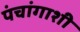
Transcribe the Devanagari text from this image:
पंचांगाशी